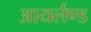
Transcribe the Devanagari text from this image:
आयर्लण्ड